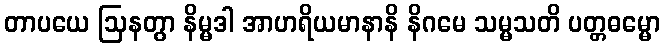
တာပယေ ဩနတွာ နိမ္မဒါ အာဟရိယမာနာနိ နိဂမေ သမ္မသတိ ပတ္တဓမ္မော